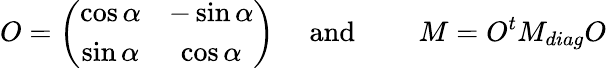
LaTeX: O=\left(\begin{array}{cc}{{\cos\alpha}}&{{-\sin\alpha}}\\ {{\sin\alpha}}&{{\cos\alpha}}\end{array}\right)\mathrm{\quad~and\qquad~}M=O^{t}M_{diag}O